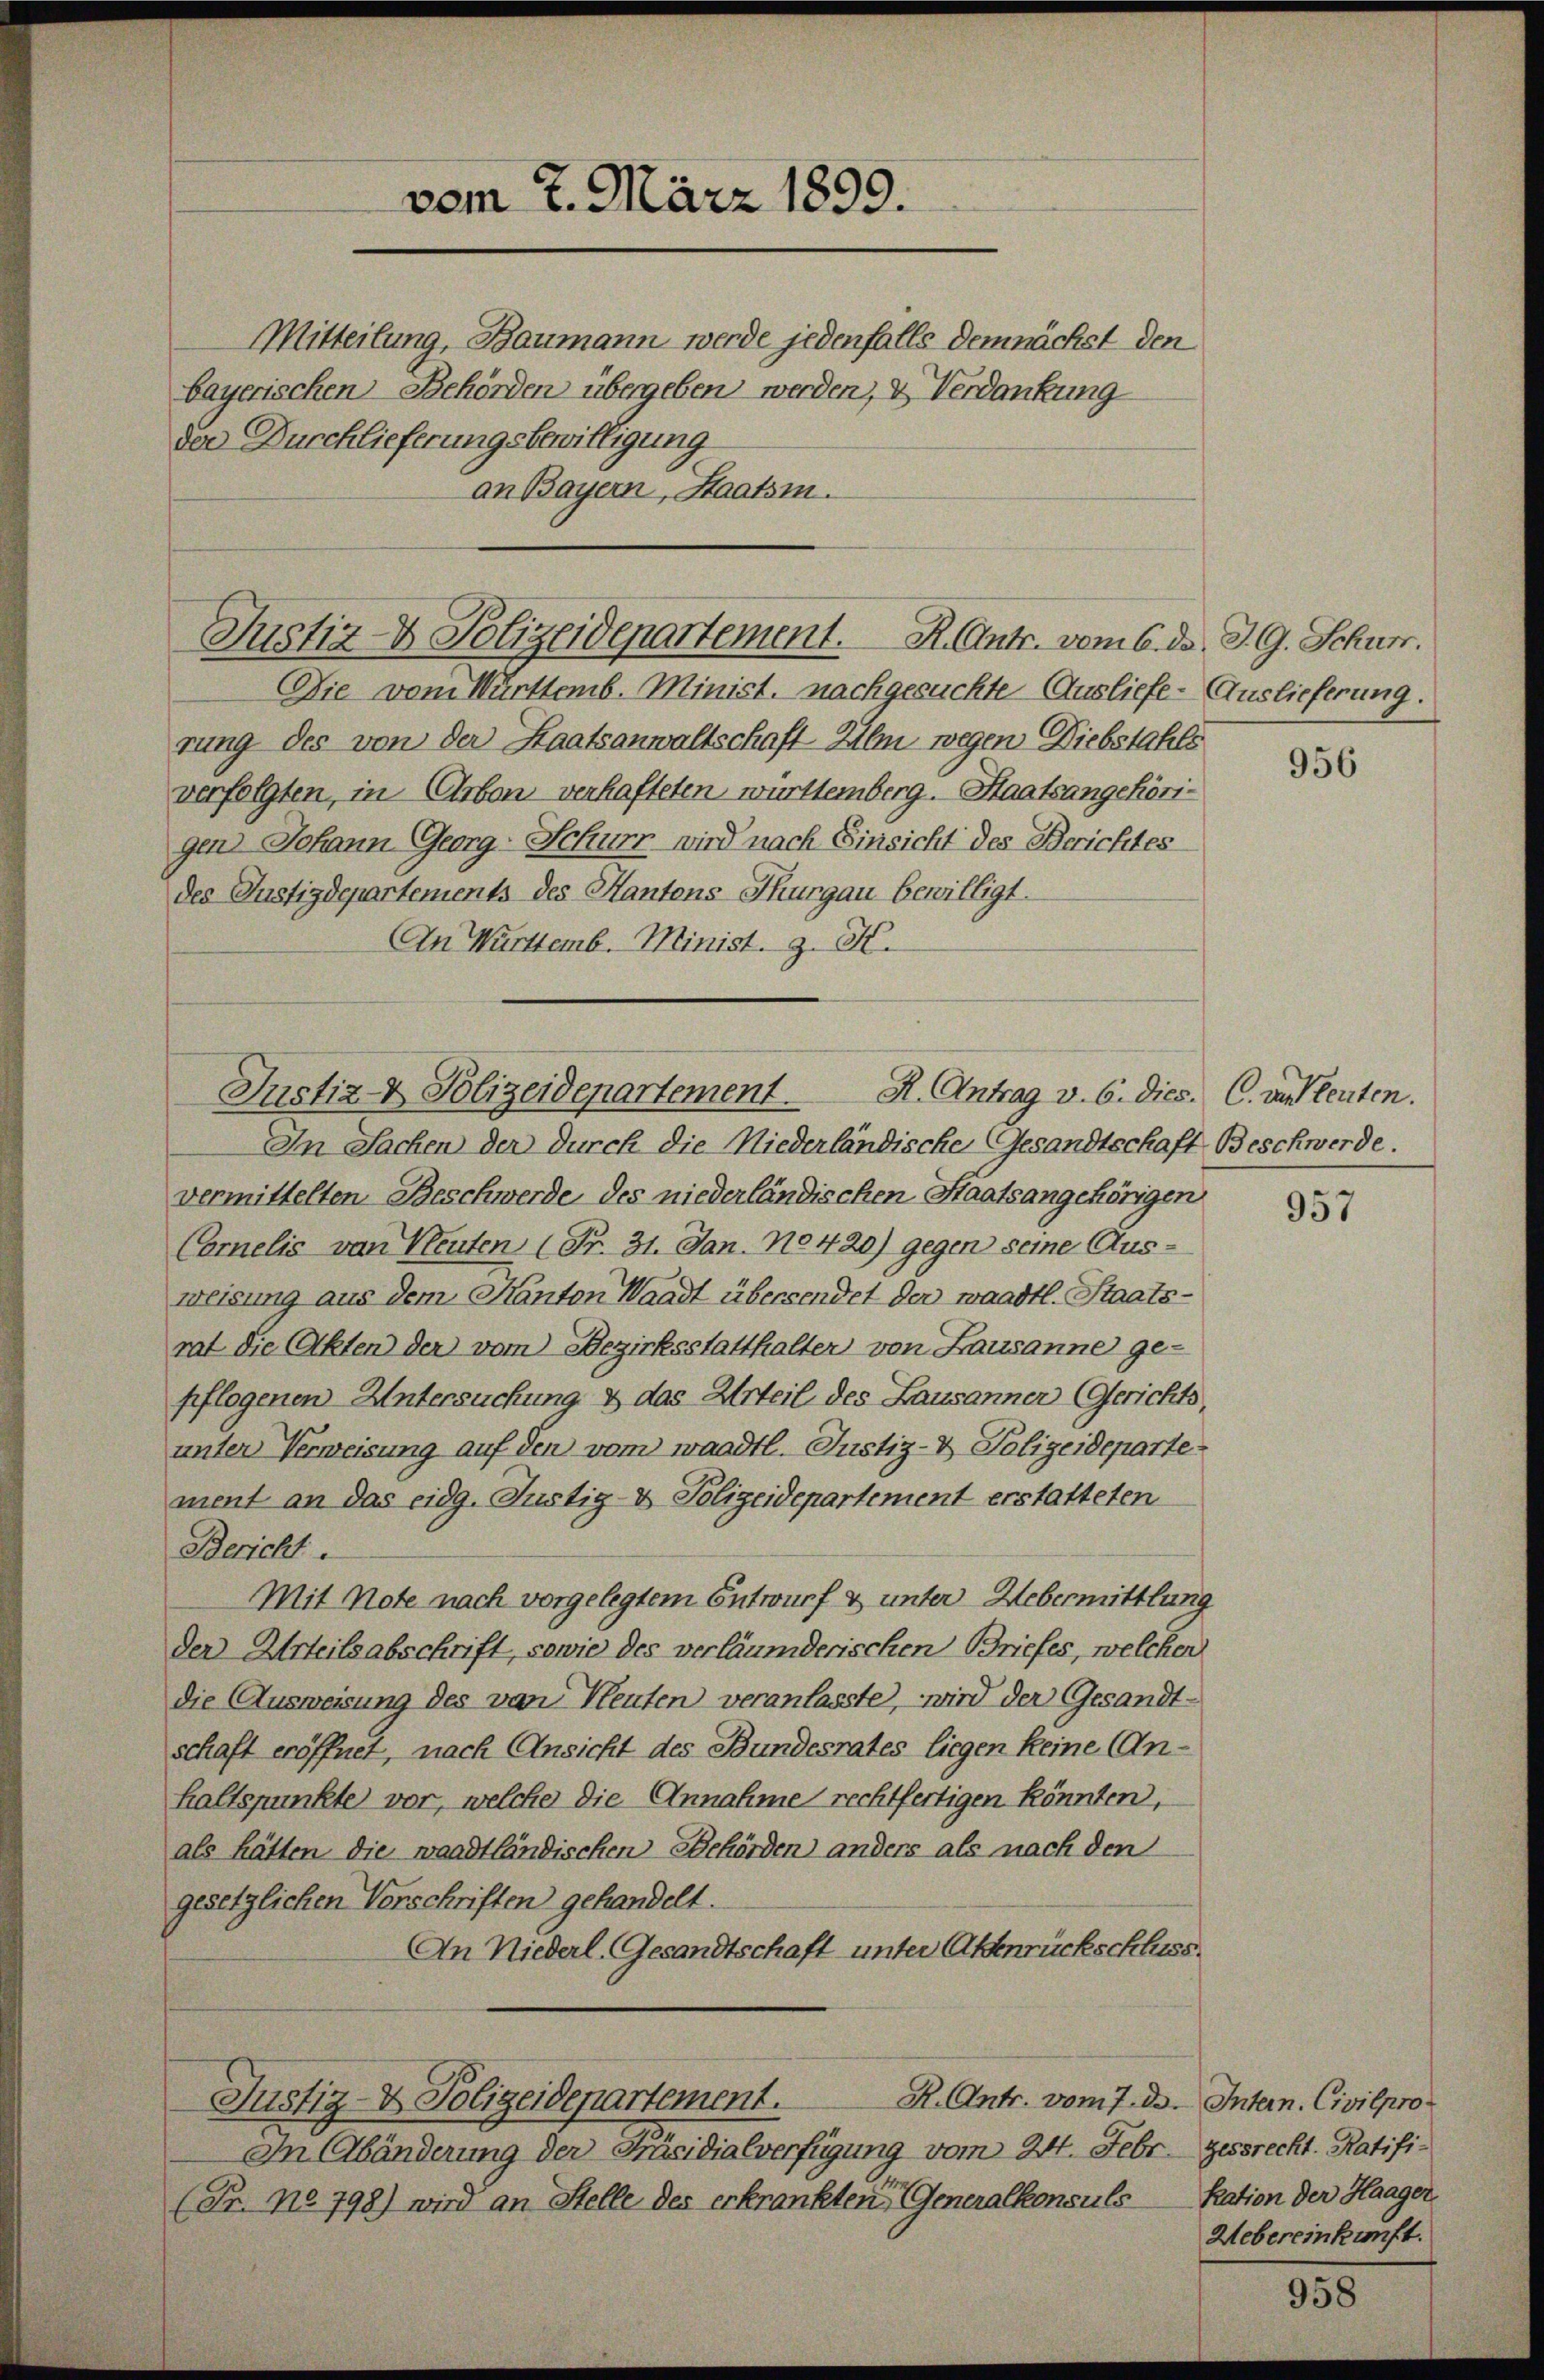
Justiz- & Polizeidepartement. R. Antr. vom 6. d. J. G. Schurr.
Die vom Württemb. Minist. nachgesuchte Ausliefe- Auslieferung.

Justiz- & Polizeidepartement.
H. Antrag v. 6. dies. C. unleuten.

vom 7. März 1899.

Mitteilung, Baumann werde jedenfalls demnächst den
bayerischen Behörden übergeben werden, & Verdankung
der Durchlieferungsbewilligung
an Bayern, Staatsin.

rung des von der Staatsanwaltschaft Ilm wegen Diebstahls
verfolgten, in Arbon verhafteten württemberg. Staatsangehörigen Johann Georg-Schurr wird nach Einsicht des Berichtes
des Justizdepartements des Kantons Thurgau bewilligt.
An Württemb. Minist. z. K.

R. Antr. vom 7. de
Justiz- & Polizeidepartement.

In Sachen der durch die Niederländische Gesandtschaft Beschwerde.
vermittelten Beschwerde des niederländischen Staatsangehörigen
Carnelis von Kleuten (Fr. 31. Jan. 10420) gegen seine Aus-
weisung aus dem Kanton Waadt übersendet der waadtl. Staats-
rat die Akten der vom Bezirksstatthalter von Lausanne ge-
pflogenen Untersuchung & das Urteil des Lausanner (Gerichts,
unter Verweisung auf den vom waadtl. Justiz- & Polizeideparte
ment an das eidg. Justiz- & Polizeidepartement erstatteten
Bericht.
Mit Note nach vorgelegtem Entwurf & unter Uebermittlung
der Urteilsabschrift, sowie des verläumderischen Briefes, welcher
die Ausweisung des von Pleuten veranlasste, wird der Gesandt-
schaft eröffnet, nach Ansicht des Bundesrates liegen keine Anhaltspunkte vor, welche die Annahme rechtfertigen könnten,
als hätten die waadtländischen Behörden anders als nach den
gesetzlichen Verschriften gehandelt.
An Niederl. Gesandtschaft unter Aktenrückschluss.

In Abänderung der Präsidialverfügung vom 24. Febr
(Fr. No 798) wird an Stelle des erkrankten Generalkonsuls

2. Intern. Civilpro
Gessrecht. Ratifi-
kation der Haager
Uebereinkunft.

956

957

958